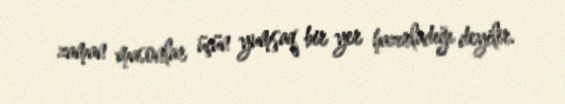
zaman masonlar üçün yumşaq bir yer hazırladığı deyilir.